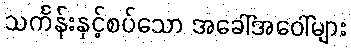
သင်္ကန်းနှင့်စပ်သော အခေါ်အဝေါ်များ